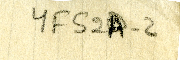
YFS2A-2